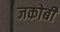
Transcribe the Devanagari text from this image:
जकोबी